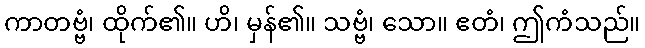
ကာတဗ္ဗံ၊ ထိုက်၏။ ဟိ၊ မှန်၏။ သဗ္ဗံ၊ သော။ ဧတံ၊ ဤကံသည်။